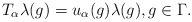
\begin{align*}T_\alpha \lambda(g) = u_\alpha(g)\lambda(g), g\in\Gamma.\end{align*}